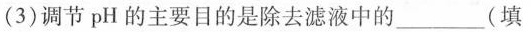
（3）调节pHD 主要目的是出去滤液中的___（填